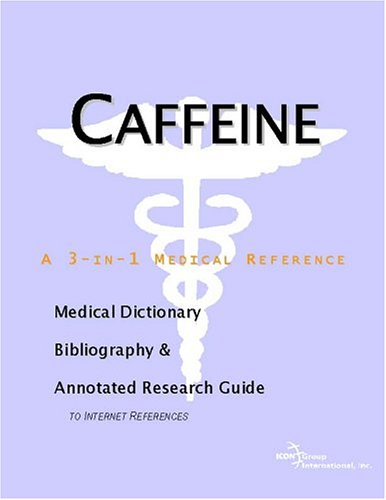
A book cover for Caffeine - A Medical Dictionary, Bibliography, and Annotated Research Guide to Internet References; Icon Health Publications; Health, Fitness & Dieting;